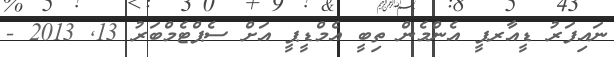
ނައިފަރު ޑީއާރޕީ އެންމެން ތިބީ އެމްޑީޕީ އަށް ސެޕްޓެމްބަރު 13